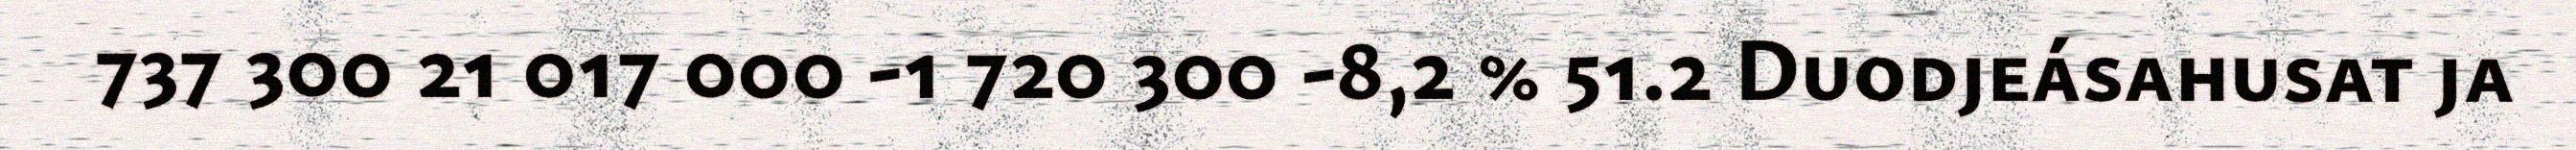
737 300 21 017 000 -1 720 300 -8,2 % 51.2 Duodjeásahusat ja